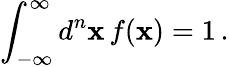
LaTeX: \int_{-\infty}^{\infty}d^{n}{\mathbf x}\, f({\mathbf x})=1\, .